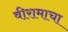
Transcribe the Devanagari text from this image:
वीरामाचा